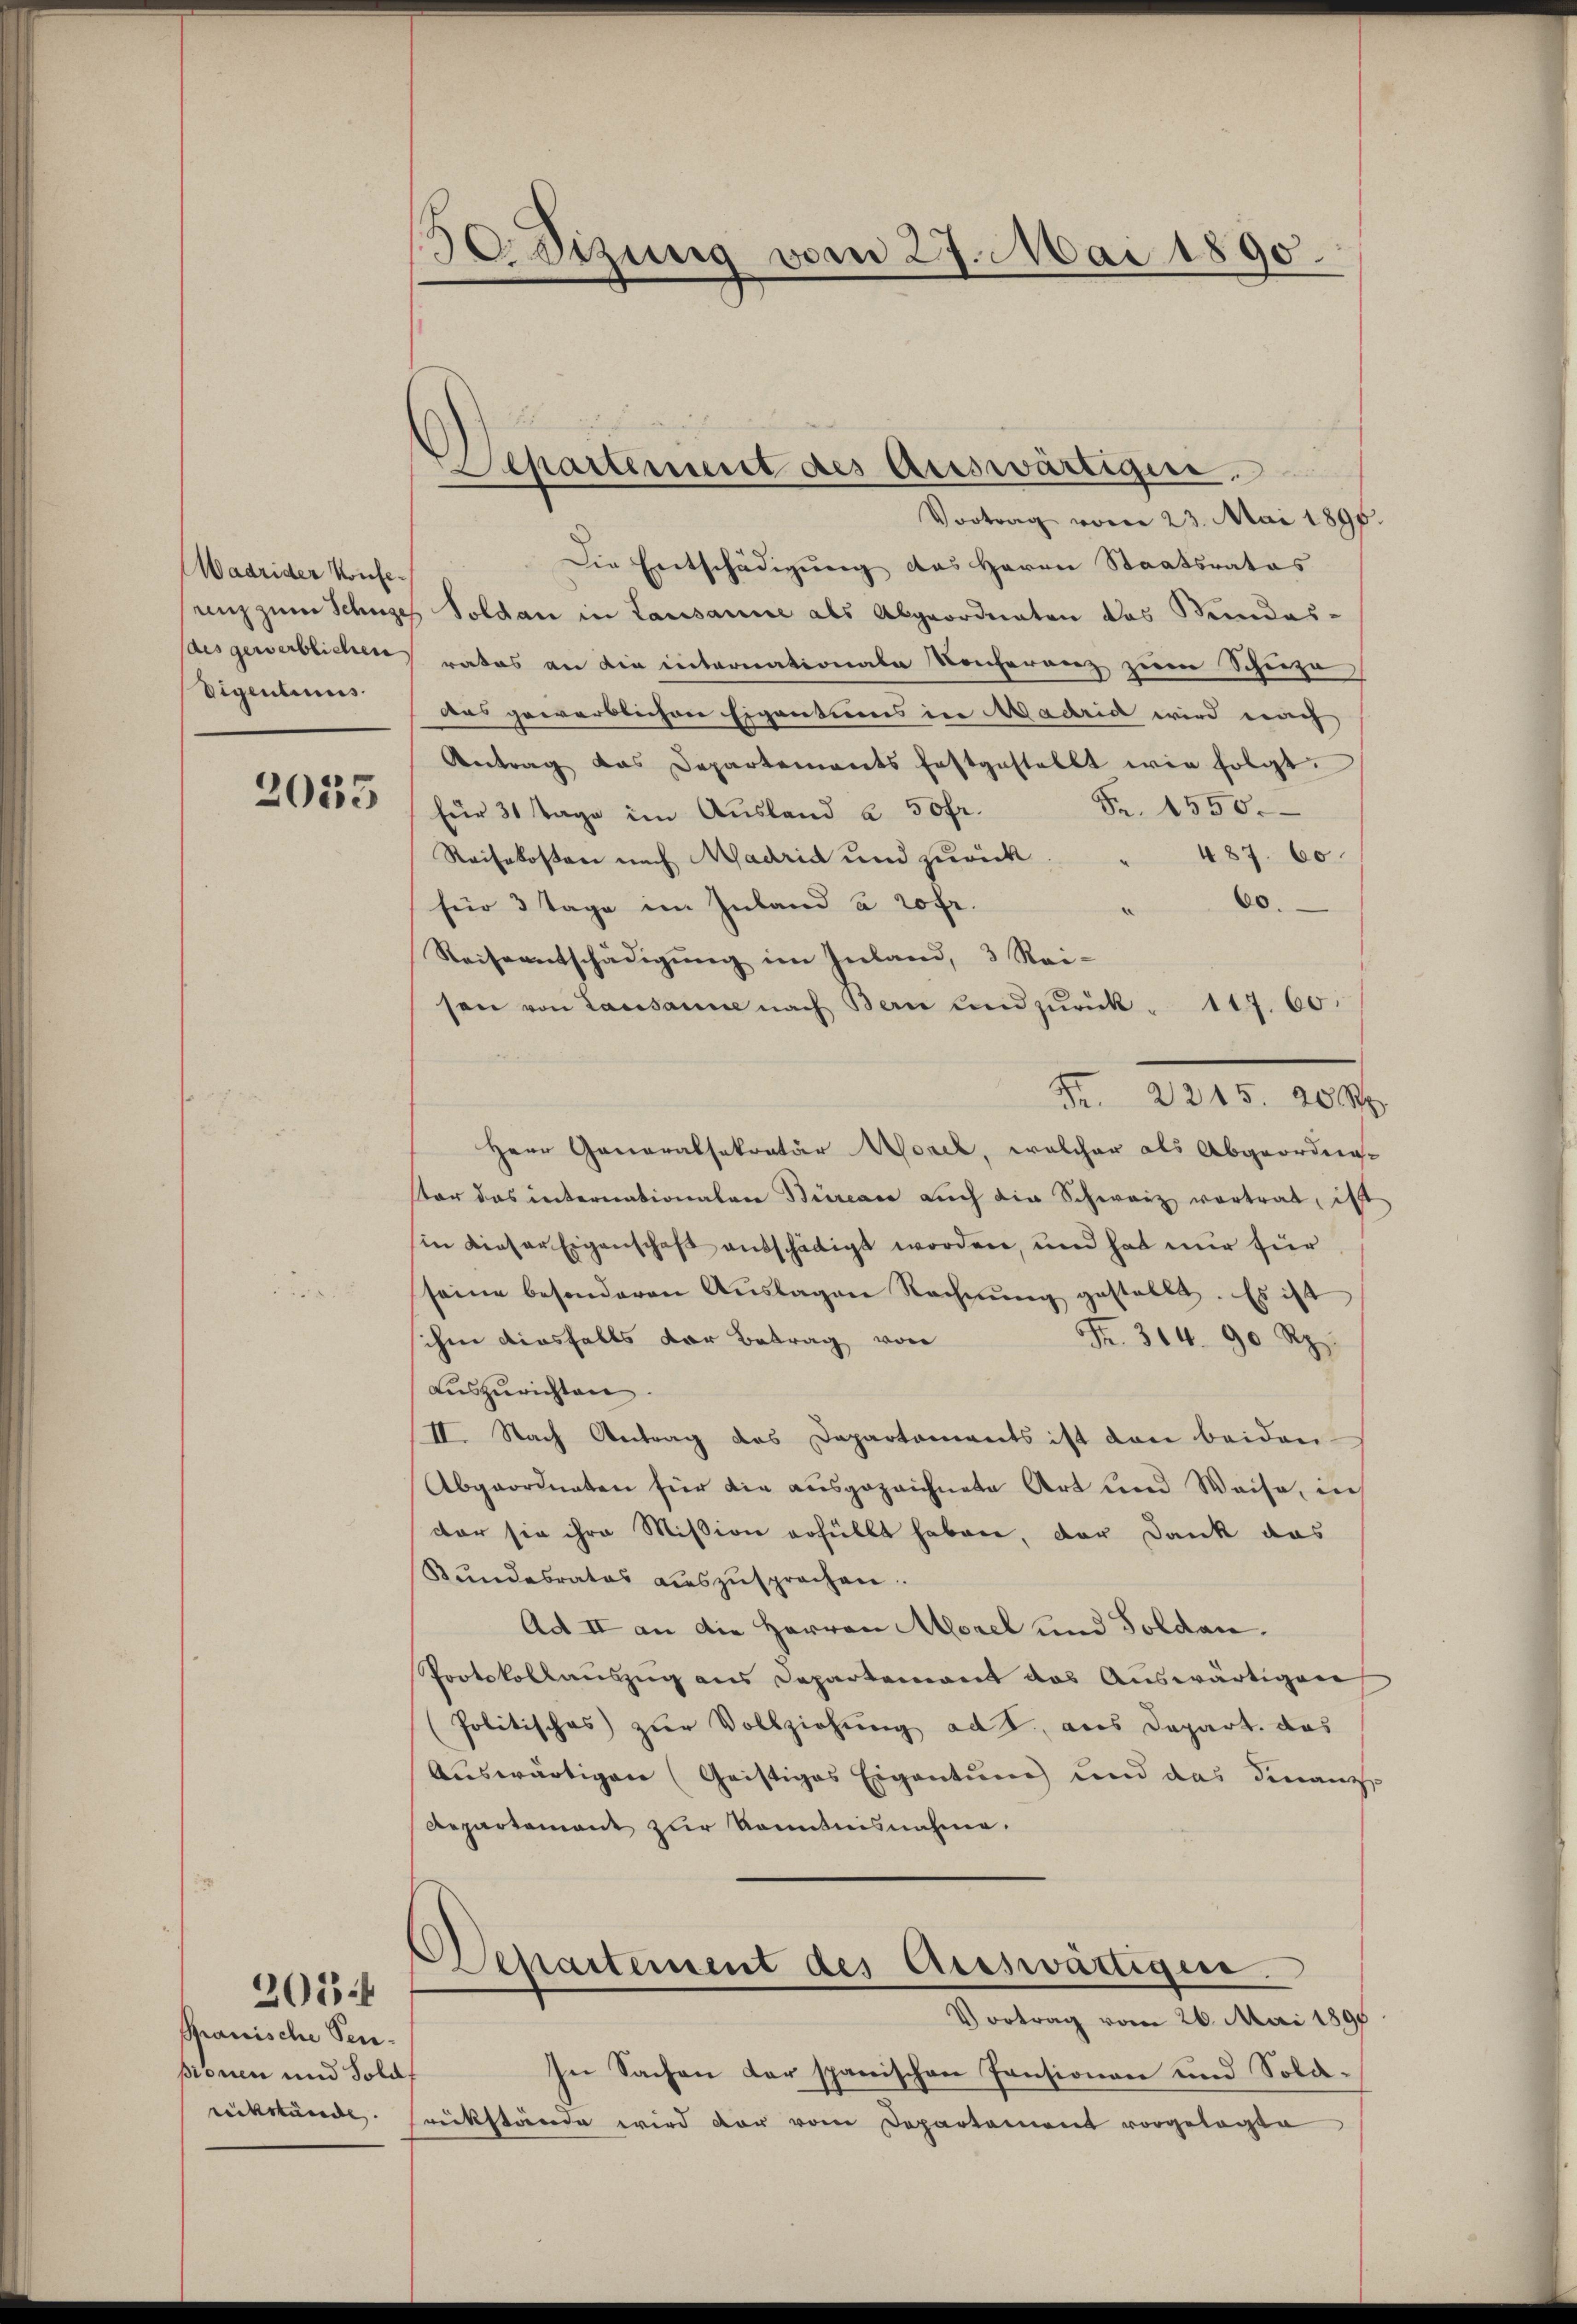
Wadrider Konfe¬
Eigentums.

2055

Spanische Penpionen und Solaf
rückwunde.

2054

¬
Osizung vom 27. Mai 1890.

Departement des Auswärtiger

Vortrag vom 23. Mai 1896.
Die Entschädigung des Herrn Staatsrates
unz zum Schüzes Soldau in Lausanne als Abgeordneten das Stundes-
des gewerblichen rates an die internationale Konferenz zum Schueza
das gewerblichen Eigentums in Madrid wird nach
Antrag das Departements Erstgestellt wie folgt.
Fr. 1550.
für 31 Tage im Ausland u 50 fr.
Reisekosten nach Madrid und zŭrück. " 487. 60
60.
für 3 Tage im Inland à 20fr.
Reiseentschädigung im Inland, 3 Sei-
son von Laus
e nach Bern und zurück. 117. 60.
Fr. 2215. 20 Rp.
Herr Generalsekretär Worel, welcher als Abgeordne-
ster das internationalen Büreace auch die Schwarz vortrat, ist
in dieser Eigenschaft entschädigt worden, und hat mir für
seine besonderen Aŭslagen Rechnŭng gestellt. Es ist
ihm diesfalls der Betrag von
Fr. 364. 90 Rp.
Auszurichten.
II. Nach Antrag das Dapartaments ist dan beiden
Abgeordneten für die ausgezeichnete Art und Weise, in
dor sie ihre Mission erfüllt haben, der Dank das
Kŭndesrates aŭszŭsprochen.
Ad II an die Herren Morel und Soldau.
Protokollauszug aus Departement das Auswärtigen
(Politisches zur Vollziehung ad 1., aus Depart. das
Auswärtigen (Geistiges Eigentum und das Finanz-
Repartement zur Kenntnisnahme.
Departement des Auswärtigen.
Vortrag vom 26. Mai 1890
In Sachen der spanischen Pensionen und Soldrückstände wird der vom Departement vorgelegte